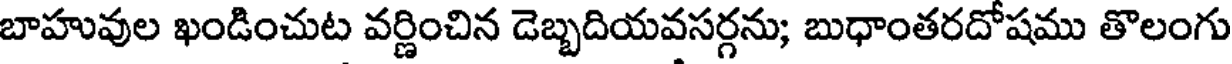
బాహువుల ఖండించుట వర్ణించిన డెబ్బదియవసర్గను; బుధాంతరదోషము తొలంగు